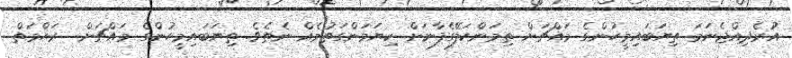
އުރެދިއްޖެނަމަ ތިޔަބައިމީހުންގެ މައްޗަށް ތިމަންކަލޭގެފާނަށް ކިޔަމަންގަތުމެއް ނެތެވެ. ތިޔަބައިމީހުންގެ މައްޗަށް  ރަޙްމަތް